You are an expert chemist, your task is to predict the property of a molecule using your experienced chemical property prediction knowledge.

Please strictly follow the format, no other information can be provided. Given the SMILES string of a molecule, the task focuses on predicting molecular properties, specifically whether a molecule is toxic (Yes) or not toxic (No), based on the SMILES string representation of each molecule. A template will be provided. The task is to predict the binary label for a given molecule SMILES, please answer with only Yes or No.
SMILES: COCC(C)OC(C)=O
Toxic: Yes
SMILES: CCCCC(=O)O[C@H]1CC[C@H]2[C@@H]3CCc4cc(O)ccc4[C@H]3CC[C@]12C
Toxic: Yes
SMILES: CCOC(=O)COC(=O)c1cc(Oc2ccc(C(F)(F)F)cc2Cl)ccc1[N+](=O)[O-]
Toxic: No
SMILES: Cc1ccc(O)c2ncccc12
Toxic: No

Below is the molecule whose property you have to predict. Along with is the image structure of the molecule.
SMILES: CC(O)Cn1cnc2c1c(=O)n(C)c(=O)n2C
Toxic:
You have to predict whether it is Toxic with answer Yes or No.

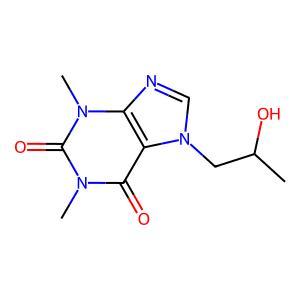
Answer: No